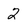
Character: 2